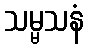
သမ္မသနံ